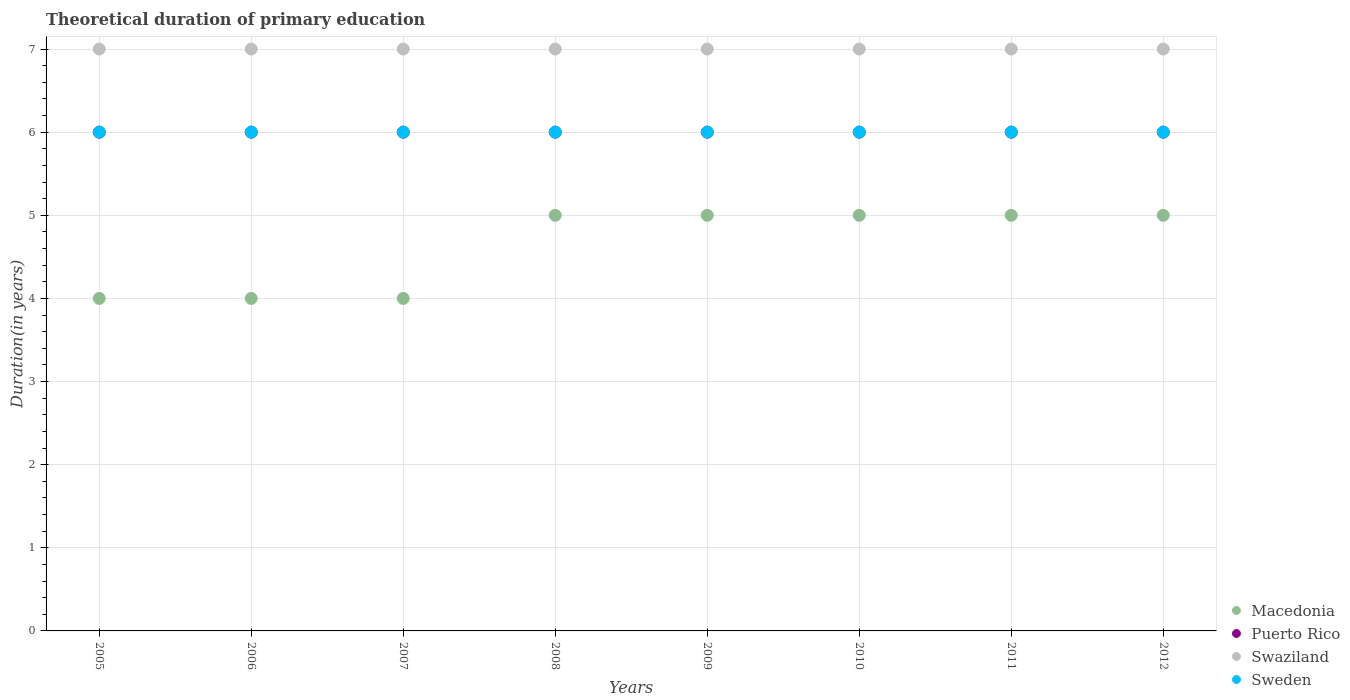
| Years | Macedonia | Puerto Rico | Swaziland | Sweden |
 | --- | --- | --- | --- | --- |
 | 2005 | 4 | 6 | 7 | 6 |
 | 2006 | 4 | 6 | 7 | 6 |
 | 2007 | 4 | 6 | 7 | 6 |
 | 2008 | 5 | 6 | 7 | 6 |
 | 2009 | 5 | 6 | 7 | 6 |
 | 2010 | 5 | 6 | 7 | 6 |
 | 2011 | 5 | 6 | 7 | 6 |
 | 2012 | 5 | 6 | 7 | 6 |